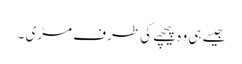
جیسے ہی وہ پیچھے کی طرف مڑی ۔